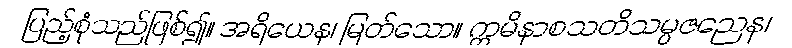
ပြည့်စုံသည်ဖြစ်၍။ အရိယေန၊ မြတ်သော။ ဣမိနာစသတိသမ္ပဇညေန၊